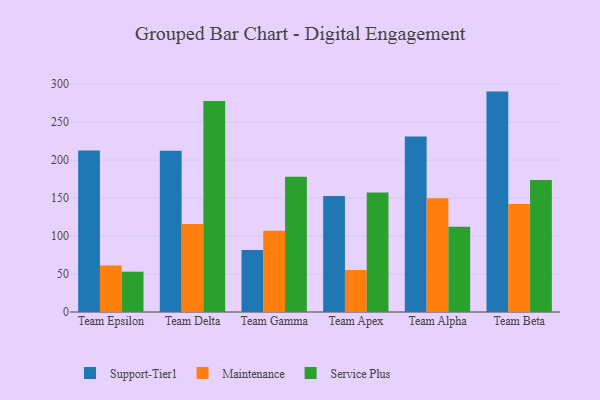
{"axis": {"x": "Team", "y": "Production Output"}, "legend": ["Maintenance", "Service Plus", "Support-Tier1"], "data": [{"x": "Team Epsilon", "y": 212.8, "type": "Support-Tier1"}, {"x": "Team Epsilon", "y": 61.1, "type": "Maintenance"}, {"x": "Team Epsilon", "y": 53.1, "type": "Service Plus"}, {"x": "Team Delta", "y": 212.2, "type": "Support-Tier1"}, {"x": "Team Delta", "y": 116.0, "type": "Maintenance"}, {"x": "Team Delta", "y": 277.7, "type": "Service Plus"}, {"x": "Team Gamma", "y": 81.7, "type": "Support-Tier1"}, {"x": "Team Gamma", "y": 107.1, "type": "Maintenance"}, {"x": "Team Gamma", "y": 178.0, "type": "Service Plus"}, {"x": "Team Apex", "y": 152.6, "type": "Support-Tier1"}, {"x": "Team Apex", "y": 55.3, "type": "Maintenance"}, {"x": "Team Apex", "y": 157.2, "type": "Service Plus"}, {"x": "Team Alpha", "y": 231.0, "type": "Support-Tier1"}, {"x": "Team Alpha", "y": 149.7, "type": "Maintenance"}, {"x": "Team Alpha", "y": 112.3, "type": "Service Plus"}, {"x": "Team Beta", "y": 290.2, "type": "Support-Tier1"}, {"x": "Team Beta", "y": 142.2, "type": "Maintenance"}, {"x": "Team Beta", "y": 173.7, "type": "Service Plus"}]}